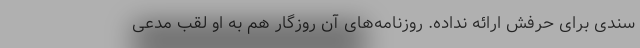
سندی برای حرفش ارائه نداده. روزنامه‌های آن روزگار هم به او لقب مدعی